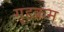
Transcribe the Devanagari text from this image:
गृहक्रम